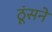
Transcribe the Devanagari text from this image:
ठूंसने